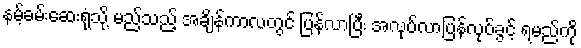
နမ့်ခမ်းဆေးရုံသို့ မည်သည့် အချိန်ကာလတွင် ပြန်လာပြီး အလုပ်လာပြန်လုပ်ခွင့် ရမည်ကို